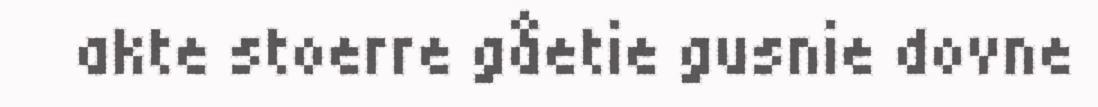
akte stoerre gåetie gusnie dovne